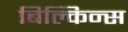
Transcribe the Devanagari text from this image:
बिल्किन्स